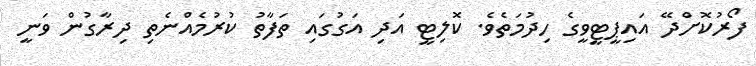
ފޯރުކޮށްދޭ އައިޕީޓީވީގެ ހިދުމަތެވެ. ކޮލިޓީ އަދި އަގުގައި ތަފާތު ކުރުމެއްނެތި ދިރާގުން ވަނީ